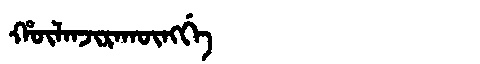
Manchu: ᡥᡡᠯᠠᠨᠵᡳᡵᠠᡴᡡᠩᡤᡝ
Romanization: HŪLANJIRAKŪNGGE